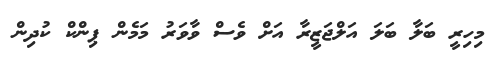
މިހިރީ ބަލާ ބަލަ އަލްޖަޒީރާ އަށް ވެސް ވާވަރު މަމެން ޕިންކް ކުދިން